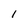
Character: l